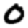
Digit: 0